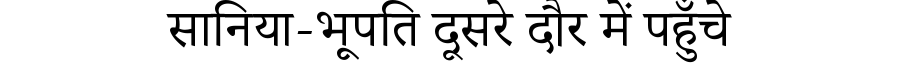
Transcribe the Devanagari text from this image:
सानिया-भूपति दूसरे दौर में पहुँचे